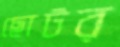
ছোটর